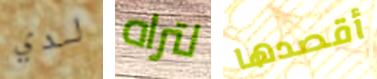
لدي لتراه أقصدها